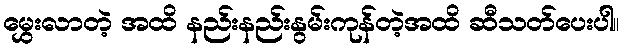
မွှေးလာတဲ့ အထိ နည်းနည်းနွမ်းကုန်တဲ့အထိ ဆီသတ်ပေးပါ။